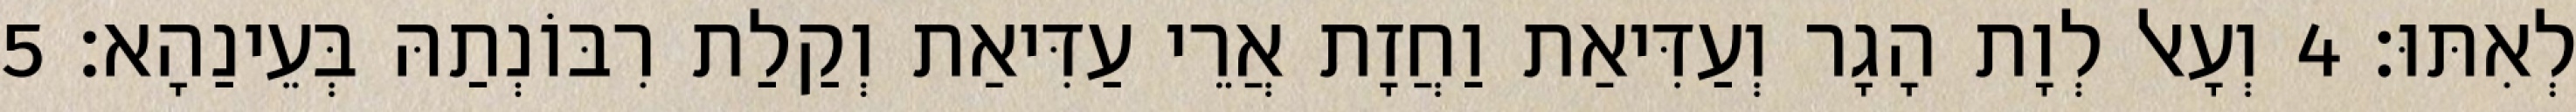
לְאִתּוּ׃ 4 וְעָאל לְוָת הָגָר וְעַדִּיאַת וַחֲזָת אֲרֵי עַדִּיאַת וְקַלַת רִבּוֹנְתַהּ בְּעֵינַהָא׃ 5